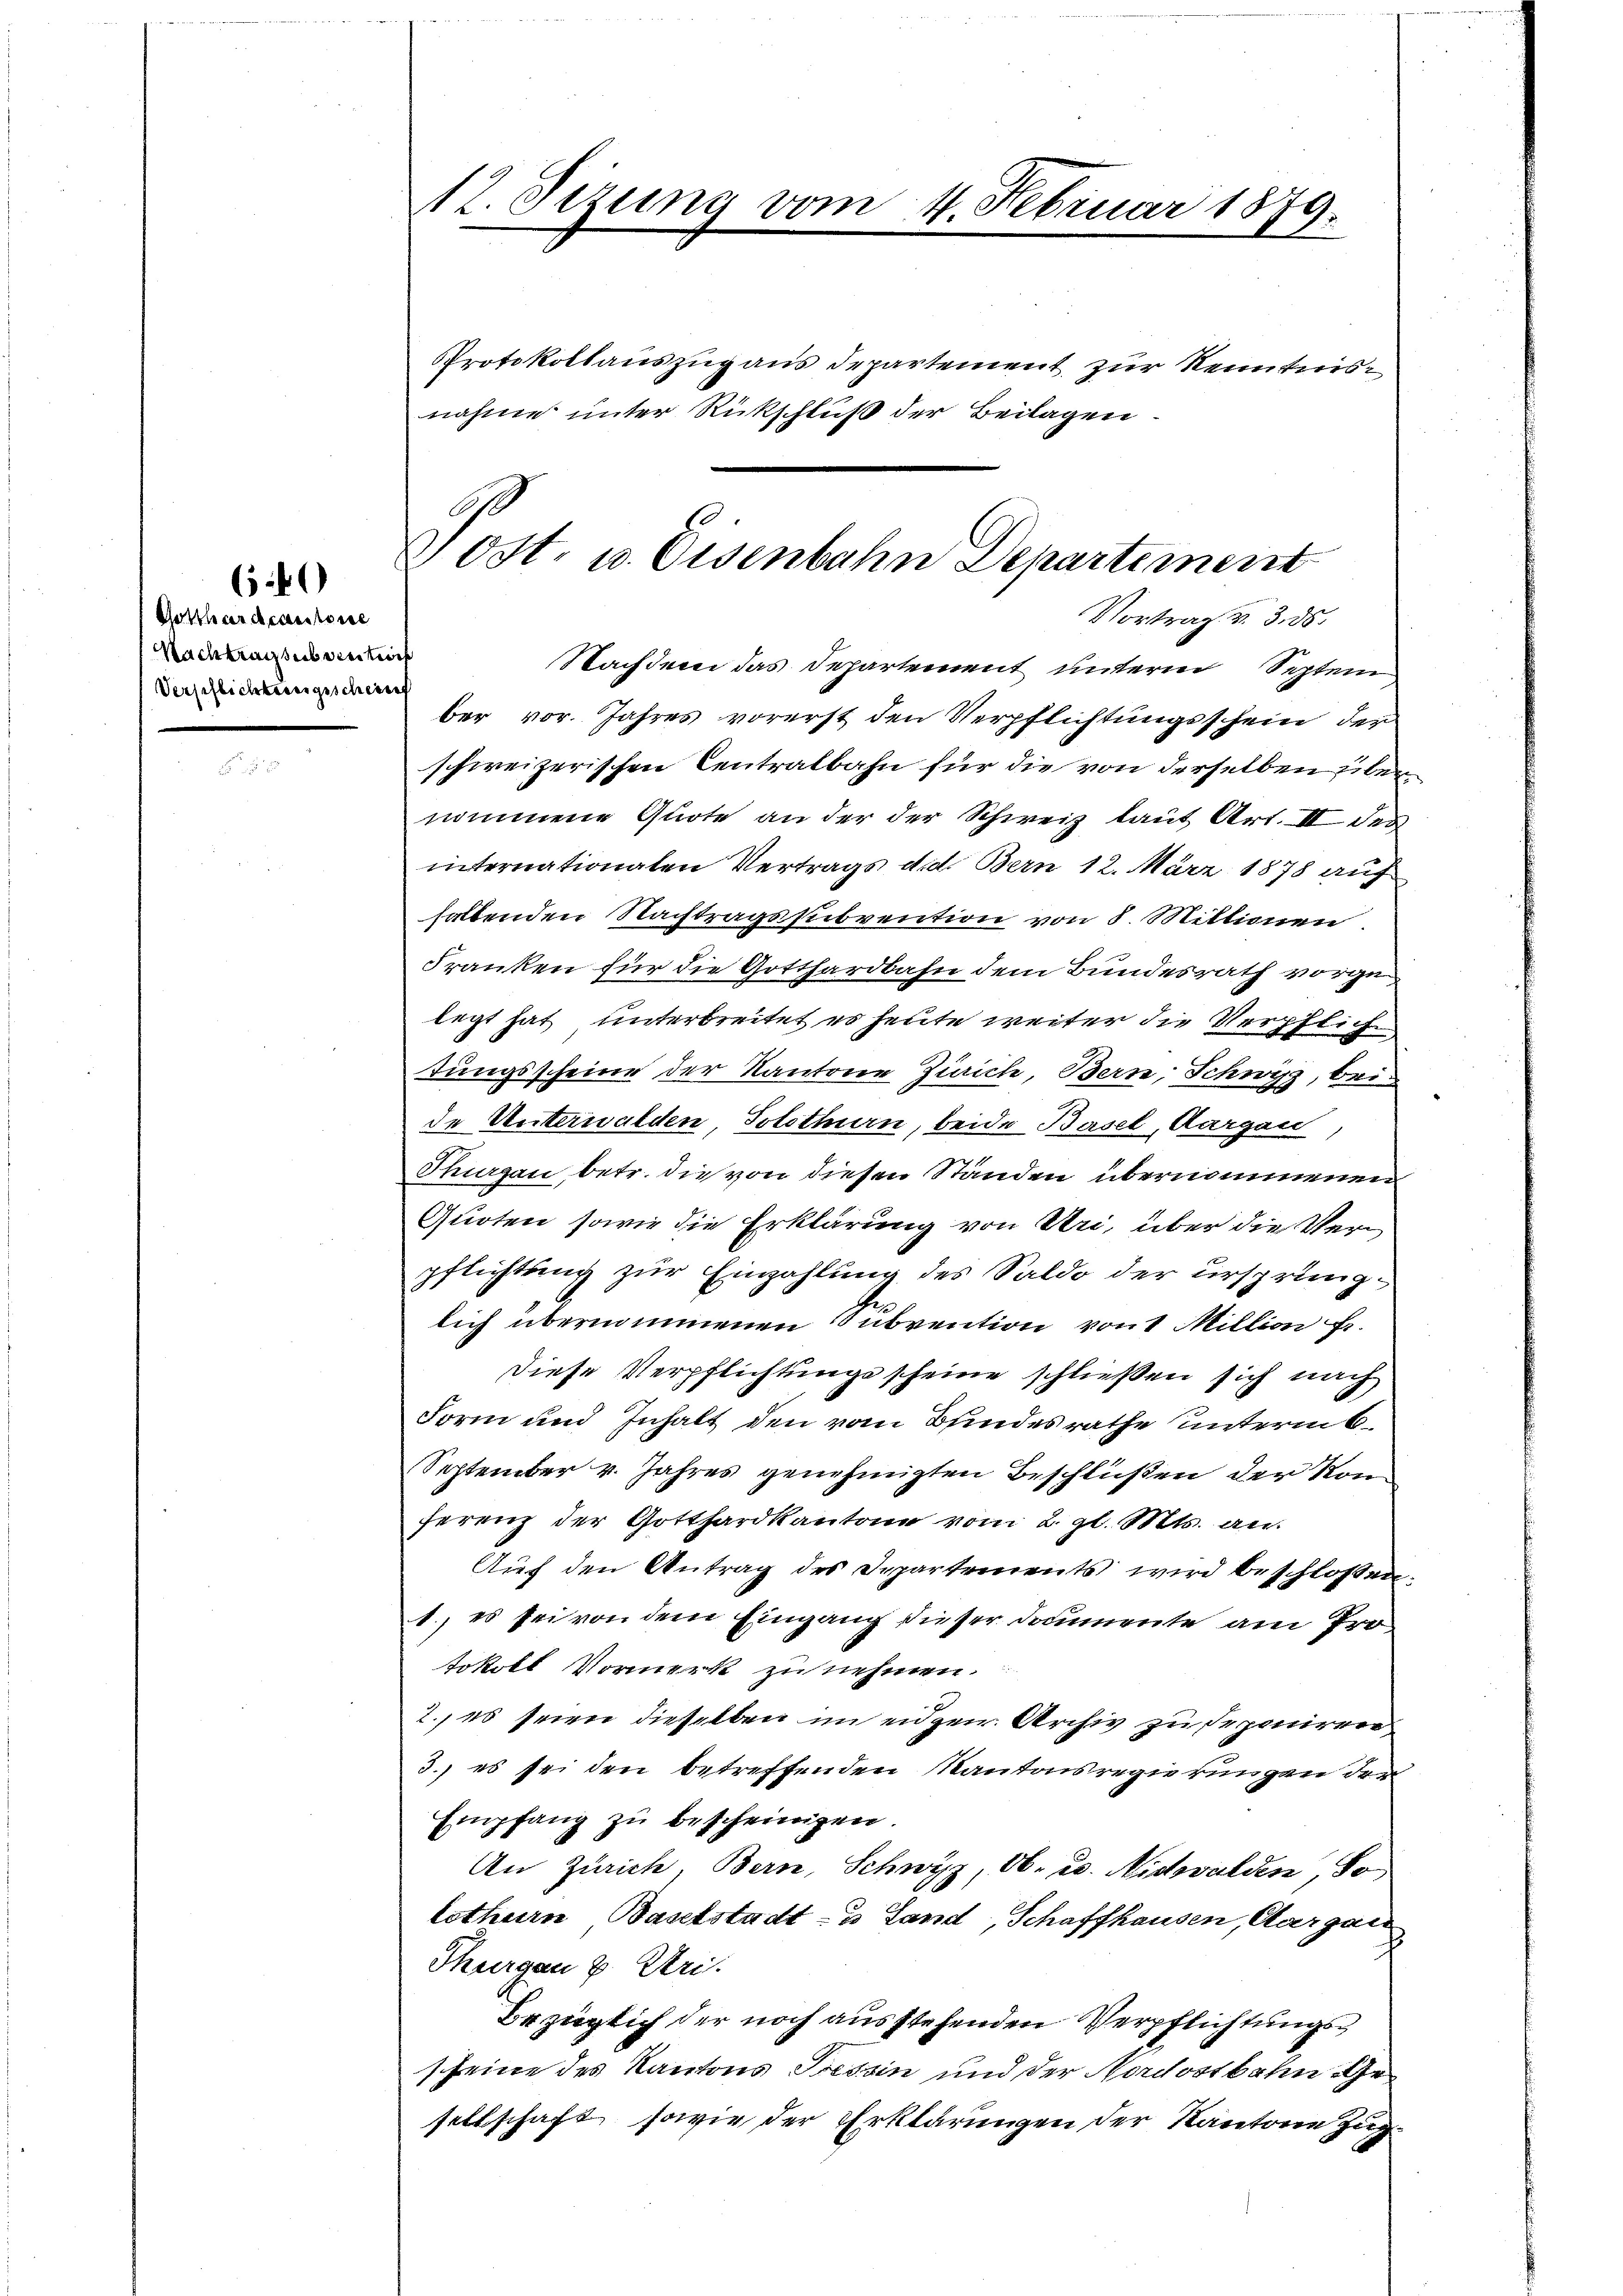
Gotthardcantone
Nachtragsübereitions
Verschlichtungsschrif

(50

Nachdem das Departement unterm Septem
ber vor. Jahres vorerst den Verpflichtungsschein der
schweizerischen Centralbahn für die von derselben übernommene Quote an der der Schweiz laut Art. II der
internationalen Vertrags d. d. Bern 12. März 1878 auf
haltenden Nachtragssubvention von 8. Millionen
Franken für die Gotthardbahn dem Bundesrath vorge
legt hat, unterbreitet es heute weiter die Verpflich
tungsscheine der Kantone Zürich, Bern, Schwitz, bei
de Unterwalden, Solothurn, beide Basel, Aargau,
Thurgau, betr. die von diesen Ständen übernommenen
Quoten sowie die Erklärung von Uri, über die Verpflichtung zur Einzahlung des Saldo der ursprunglich übernommenen Subvention von 1 Million fr.
Diese Verpflichtunge scheine schließen sich nach
Form und Inhalt den vom Bindesrathe unterm
September v. Jahres genehmigten Beschlüßen der Konferenz der Gotthardkantone vom 2. gl. Mts. an
Auf den Antrag des Departements wird beschlossen:
1., es sei von dem Eingang dieser Daumente am Protokoll Vormerk zu nehmen.
2., es seien dieselben im eidgen. Archiv zu deponiren
3.) es sei den betreffenden Kantonsregierungen der
Empfang zŭ bescheinigen.
An Zürich, Bern, Schwyz, Ob- u. Nidwalden So
lothurn, Baselstadt- u Land, Schaffhausen, Aargau
Thurgau v. Uri.
Bezüglich der noch ausstehenden Verpflichtungsscheine des Kantons Tessin und der Nordostbahn Gesellschaft, sowie der Erklärungen der Kantone Zug

12. Sizung vom 4. Februar 1879.

8
ost. u. Eisenbahn Departement
Vortrag v. 3. ds.

Protokollauszug aus Departement zur Kenntnis
nahme unter Rückschluß der Beilagen